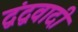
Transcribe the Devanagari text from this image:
द्वंद्ववादी